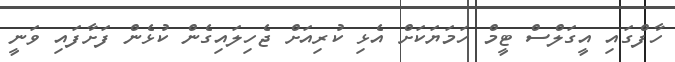
ހާފްގައި އީގަލްސް ޓީމް ހަމަޔަކަށް އެޅި ކުރިއަށް ޖެހިލައިގެން ކުޅެން ފަށާފައި ވަނީ